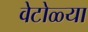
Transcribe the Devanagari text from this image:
वेटोळ्या